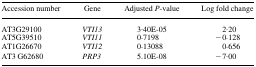
<table><thead><tr><td><b>Accession number</b></td><td><b>Gene</b></td><td><b>Adjusted <i>P</i>-value</b></td><td><b>Log fold change</b></td></tr></thead><tbody><tr><td>AT3G29100</td><td><i>VTI13</i></td><td>3·40E-05</td><td>2·20</td></tr><tr><td>AT5G39510</td><td><i>VTI11</i></td><td>0·7198</td><td>−0·128</td></tr><tr><td>AT1G26670</td><td><i>VTI12</i></td><td>0·13088</td><td>0·656</td></tr><tr><td>AT3 G62680</td><td><i>PRP3</i></td><td>5.10E-08</td><td>−7·00</td></tr></tbody></table>